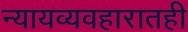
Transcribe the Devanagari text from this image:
न्यायव्यवहारातही